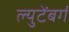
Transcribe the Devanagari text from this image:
ल्युटेंबर्ग